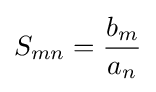
S_{mn}={\frac {b_{m}}{a_{n}}}